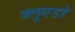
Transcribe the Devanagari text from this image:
क्लुएडो